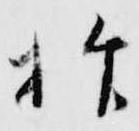
抑